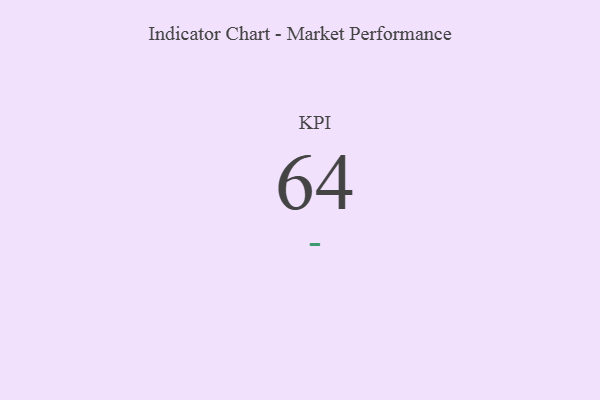
{"axis": {"x": "KPI", "y": "Value"}, "legend": [""], "data": [{"x": "KPI", "y": 64, "type": ""}]}